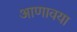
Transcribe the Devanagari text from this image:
आणावया